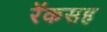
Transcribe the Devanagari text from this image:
रॅकसह